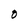
Character: O